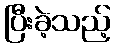
ပြီးခဲ့သည့်